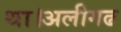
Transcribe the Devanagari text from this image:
था।अलीगढ